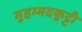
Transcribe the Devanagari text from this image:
मुहम्मदकुट्टी